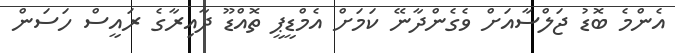
އެންމެ ބޮޑު ޖަލްސާއަށް ވެގެންދާނޭ ކަމަށް އެމްޑީޕީ ތޮއްޑޫ ދާއިރާގެ ރައީސް ހަސަން